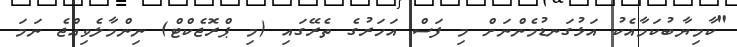
"ކާމިޔާބުކަމާއެކު އަޅުގަނޑުމެންނަށް މި ފަސް އަހަރުގެ ތެރޭގައި (މި ޕްރޮޖެކްޓް) ނިންމާލެވިއްޖެ ނަމަ